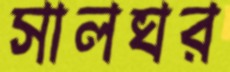
সালঘর